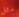
مثل